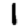
Digit: 1